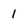
Character: 1